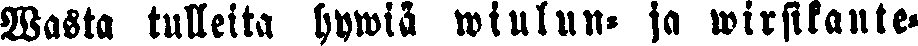
Wasta tulleita hywiä wiulun- ja wirsikante-